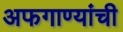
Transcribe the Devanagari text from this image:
अफगाण्यांची